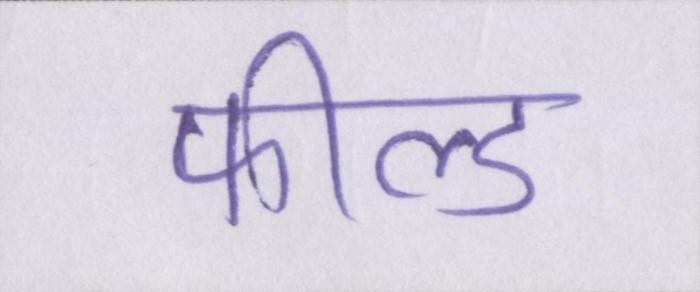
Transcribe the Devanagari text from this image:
फील्ड